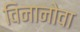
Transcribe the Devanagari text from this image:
विनानोवा